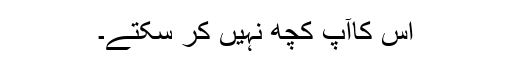
اس کاآپ کچھ نہیں کر سکتے۔